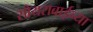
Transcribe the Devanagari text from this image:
सोयराबाईच्या